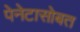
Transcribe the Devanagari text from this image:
पेनेटासोबत